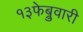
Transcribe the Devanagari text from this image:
१३फेब्रुवारी